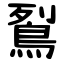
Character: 鴷